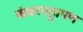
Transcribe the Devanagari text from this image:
कंबरपट्टापण